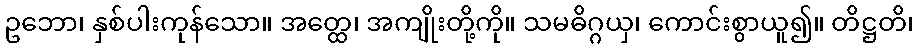
ဥဘော၊ နှစ်ပါးကုန်သော။ အတ္ထေ၊ အကျိုးတို့ကို။ သမဓိဂ္ဂယှ၊ ကောင်းစွာယူ၍။ တိဋ္ဌတိ၊